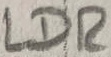
Text: LDR